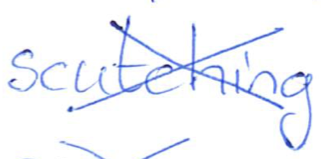
Text: scutching
Cross-out: cross
Writing tool: ballpoint